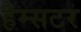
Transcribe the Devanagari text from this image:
हैम्सटर